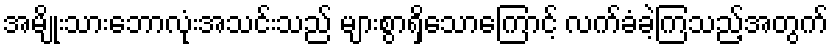
အမျိုးသားဘောလုံးအသင်းသည် များစွာရှိသောကြောင့် လက်ခံခဲ့ကြသည့်အတွက်